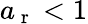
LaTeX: a_{\mathrm{~r~}}<1